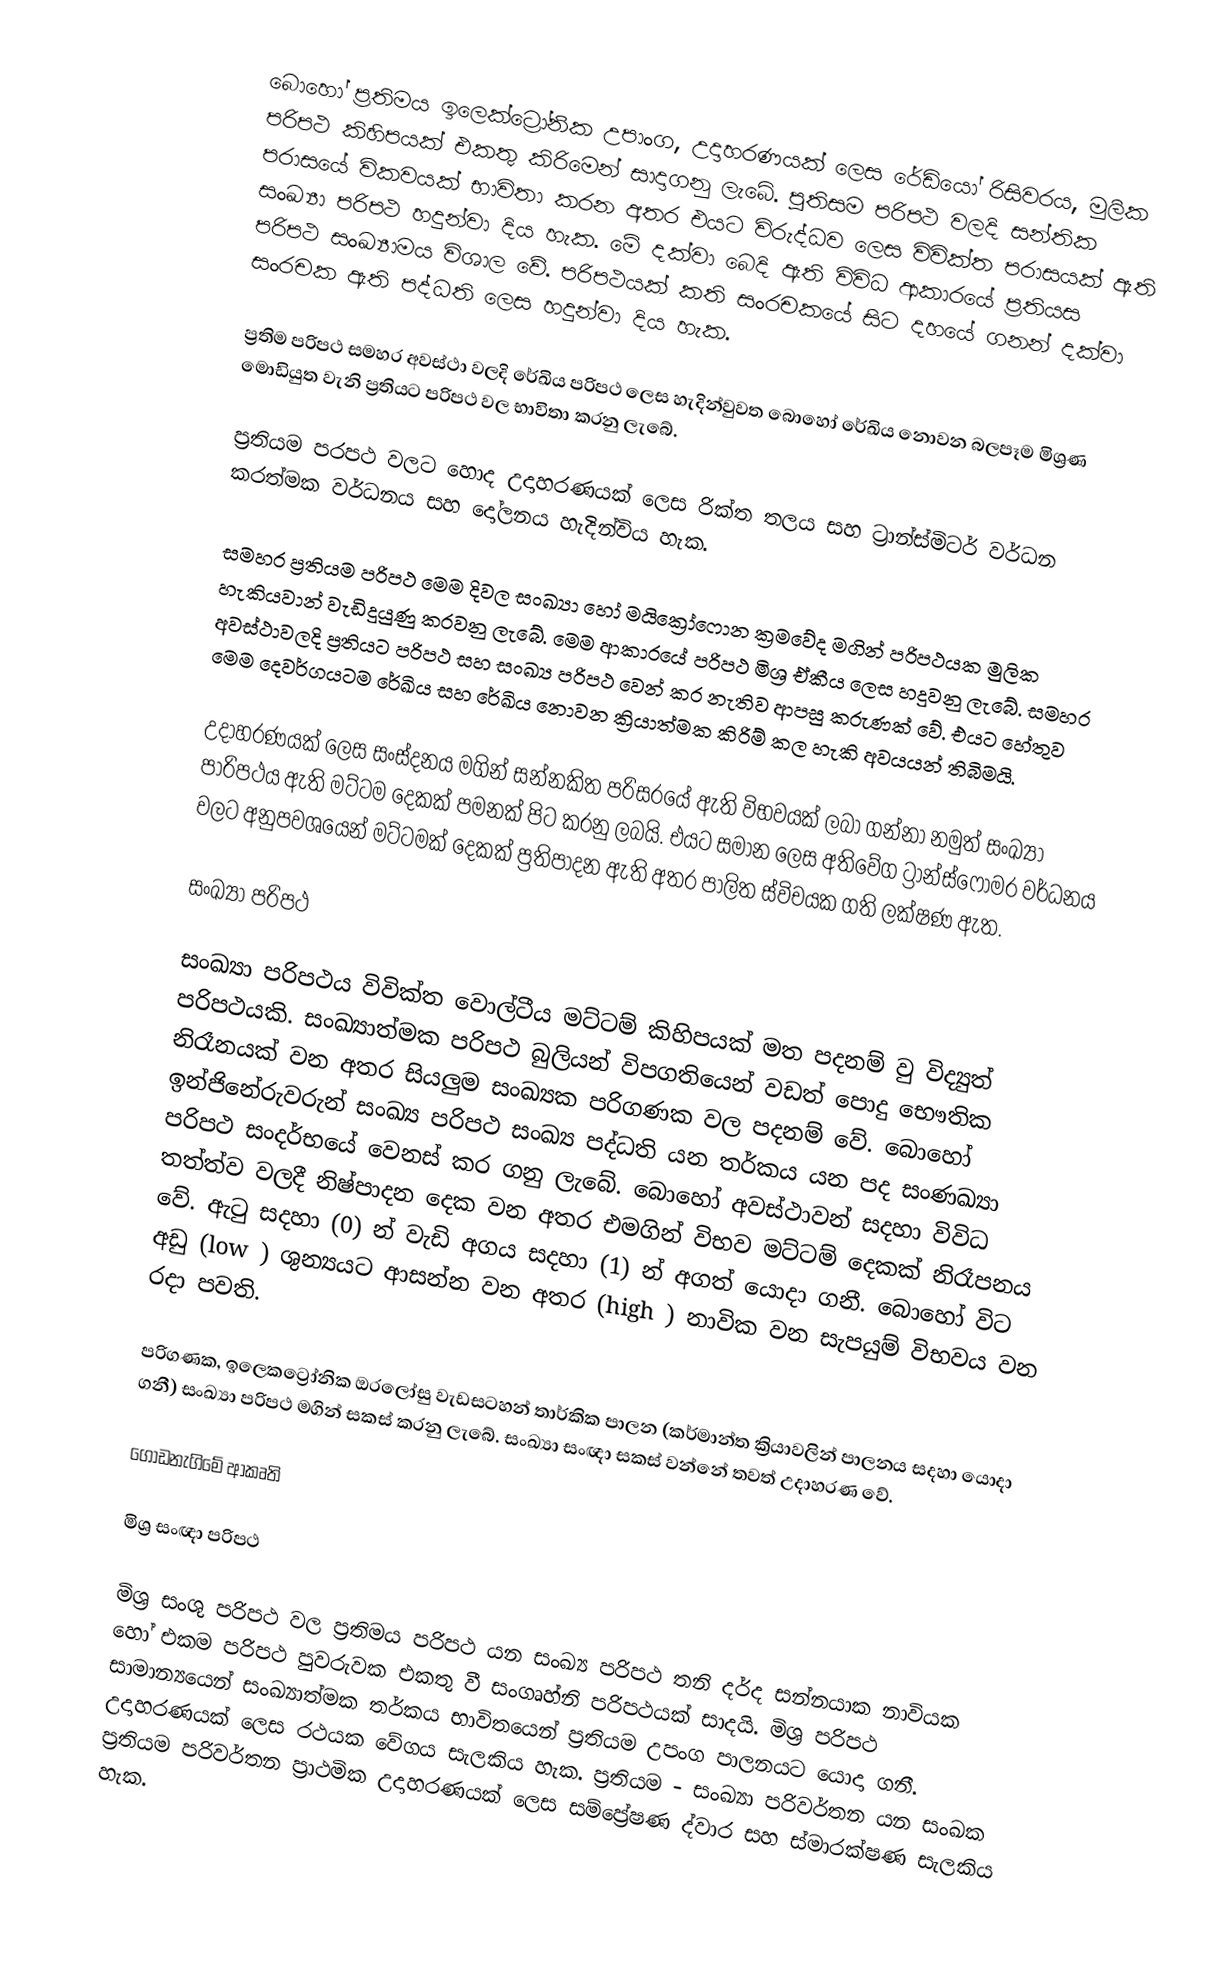
බොහෝ ප්‍රතිමය ඉලෙක්ට්‍රෝනික උපාංග, උදාහරණයක් ‍ලෙස රේඩියෝ රිසිවරය, මුලික පරිපථ කිහිපයක් එකතු කිරිමෙන් සාදාගනු ලැබේ. පුතිසම පරිපථ වලදි සන්තික පරාසයේ විකවයක් භාවිතා කරන අතර එයට විරුද්ධව ලෙස විවික්ත පරාසයක් ඇති සංඛ්‍යා පරිපථ හදුන්වා දිය හැක. මේ දක්වා බෙදි ඇති විවිධ ආකාරයේ ප්‍රතියස පරිපථ සංඛ්‍යාමය විශාල වේ. පරිපථයක් කති සංරචකයේ සිට දහයේ ගනන් දක්වා සංරචක ඇති පද්ධති ලෙස හදුන්වා දිය හැක.

ප්‍රතිම පරිපථ සමහර අවස්ථා වලදි රේඛිය පරිපථ ලෙස හැදින්වුවත බොහෝ රේඛිය නොවන බලපෑම මිශ්‍රණ මොඩියුත වැනි ප්‍රතියට පරිපථ වල භාවිතා කරනු ලැබේ.

ප්‍රතියම පරපථ වලට හොද උදාහරණයක් ලෙස රික්ත තලය සහ ට්‍රාන්ස්මිටර් වර්ධන කරත්මක වර්ධනය සහ දෝලනය හැදින්විය හැක.

සමහර ප්‍රතියම පරිපථ මෙම දිවල සංඛ්‍යා හෝ මයික්‍රෝෆොන ක්‍රමවේද මගින් පරිපථයක මුලික හැකියවාන් වැඩිදුයුණු කරවනු ලැබේ. මෙම ආකාරයේ පරිපථ මිශ්‍ර ඒකීය ලෙස හදුවනු ලැබේ. සමහර අවස්ථාවලදි ප්‍රතියට පරිපථ සහ සංඛ්‍ය පරිපථ වෙන් කර නැතිව ආපසු කරුණක් වේ. එයට හේතුව මෙම දෙවර්ගයටම රේඛිය සහ රේඛිය නොවන ක්‍රියාත්මක කිරිම් කල හැකි අවයයන් තිබිමයි.

උදාහරණයක් ලෙස සංස්දනය මගින් සන්නකිත පරිසරයේ ඇති විභවයක් ලබා ගන්නා නමුත් සංඛ්‍යා පාරිපථය ඇති මට්ටම දෙකක් පමනක් පිට කරනු ලබයි. එයට සමාන ලෙස අතිවේග ට්‍රාන්ස්ෆෝමර වර්ධනය වලට අනුපවශයෙන් මට්ටමක් දෙකක් ප්‍රතිපාදන ඇති අතර පාලිත ස්විචයක ගති ලක්ෂණ ඇත.

සංඛ්‍යා පරිපථ

සංඛ්‍යා පරිපථය විවික්ත වොල්ටීය මට්ටම් කිහිපයක් මත පදනම් වු විද්‍යුත් පරිපථයකි. සංඛ්‍යාත්මක පරිපථ බුලියන් විපගතියෙන් වඩත් පොදු භෞතික නිරෑනයක් වන අතර සියලුම සංඛ්‍යක පරිගණක වල පදනම් වේ. බොහෝ ඉන්ජිනේරුවරුන් සංඛ්‍ය පරිපථ සංඛ්‍ය පද්ධති යන තර්කය යන පද සංණඛ්‍යා පරිපථ සංදර්භයේ වෙනස් කර ගනු ලැබේ. බොහෝ අවස්ථාවන් සදහා විවිධ තත්ත්ව වලදී නිෂ්පාදන දෙක වන අතර එමගින් විභව මට්ටම් දෙකක් නිරෑපනය වේ. ඇටු සදහා (0) න් වැඩි අගය සදහා (1) න් අගත් යොදා ගනී. බොහෝ විට අඩු (low ) ශුන්‍යයට ආසන්න වන අතර (high ) නාවික වන සැපයුම් විභවය වන ‍රදා පවති.

පරිගණක, ඉලෙකට්‍රෝනික ඔරලෝසු වැඩසටහන් තාර්කික පාලන (කර්මාන්ත ක්‍රියාවලින් පාලනය සදහා යොදා ගනී) සංඛ්‍යා පරිපථ මගින් සකස් කරනු ලැබේ. සංඛ්‍යා සංඥා සකස් වන්නේ තවත් උදාහරණ වේ.

ගොඩනැගිමේ ආකෘති

මිශ්‍ර සංඥා පරිපථ

මිශ්‍ර සංශු පරිපථ වල ප්‍රතිමය පරිපථ යන සංඛ්‍ය පරිපථ තනි දර්ද සන්නයාක නාවියක හෝ එකම පරිපථ පුවරුවක එකතු වී සංගෘහ්නි පරිපථයක් සාදයි. මිශ්‍ර පරිපථ සාමාන්‍යයෙන් සංඛ්‍යාත්මක තර්කය භාවිතයෙන් ප්‍රතියම උපංග පාලනය‍ට යොදා ගනී. උදාහරණයක් ලෙස රථයක ‍වේගය සැලකිය හැක. ප්‍රතියම - සංඛ්‍යා පරිවර්තන යන සංඛක ප්‍රතියම පරිවර්තන ප්‍රාථමික උදාහරණයක් ලෙස සම්ප්‍රේෂණ ද්වාර සහ ස්මාරක්ෂණ සැලකිය හැක.